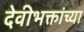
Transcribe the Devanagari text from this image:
देवीभक्तांच्या